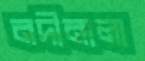
নদীনালা